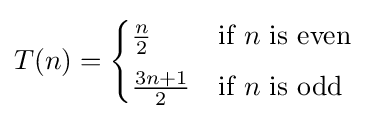
T(n)={\begin{cases}{\frac {n}{2}}&{\text{if }}n{\text{ is even}}\\[4px]{\frac {3n+1}{2}}&{\text{if }}n{\text{ is odd}}\end{cases}}